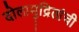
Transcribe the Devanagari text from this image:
दोलामुद्रितांची